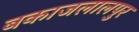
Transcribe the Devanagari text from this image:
बकाजलालपुर